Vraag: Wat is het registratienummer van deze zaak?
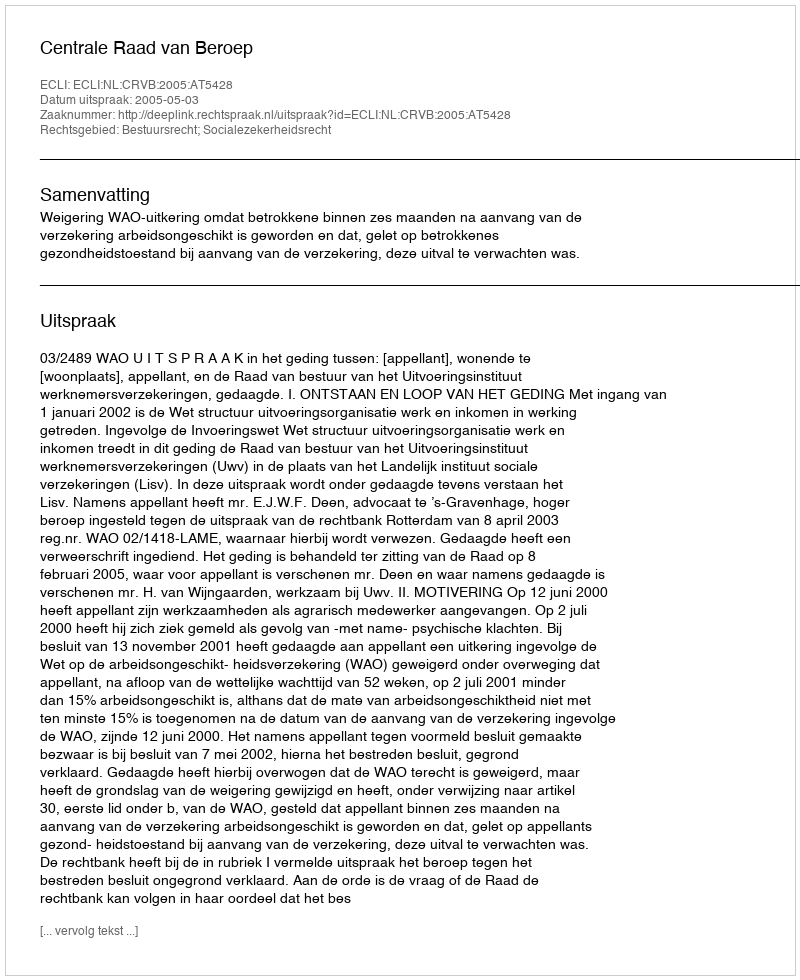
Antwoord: http://deeplink.rechtspraak.nl/uitspraak?id=ECLI:NL:CRVB:2005:AT5428